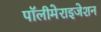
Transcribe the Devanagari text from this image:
पॉलीमेराइजेशन